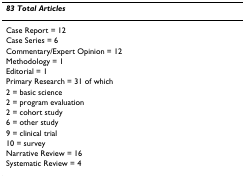
<table><thead><tr><td><b><i>83 Total Articles</i></b></td></tr></thead><tbody><tr><td>Case Report = 12</td></tr><tr><td>Case Series = 6</td></tr><tr><td>Commentary/Expert Opinion = 12</td></tr><tr><td>Methodology = 1</td></tr><tr><td>Editorial = 1</td></tr><tr><td>Primary Research = 31 of which</td></tr><tr><td>2 = basic science</td></tr><tr><td>2 = program evaluation</td></tr><tr><td>2 = cohort study</td></tr><tr><td>6 = other study</td></tr><tr><td>9 = clinical trial</td></tr><tr><td>10 = survey</td></tr><tr><td>Narrative Review = 16</td></tr><tr><td>Systematic Review = 4</td></tr></tbody></table>